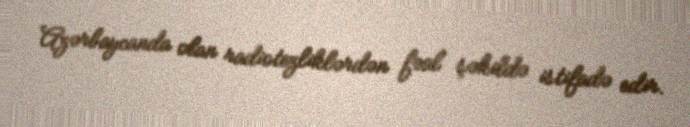
Azərbaycanda olan radiotezliklərdən fəal şəkildə istifadə edir.